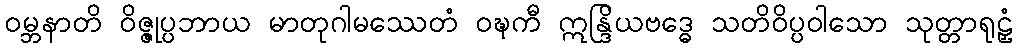
ဝမ္ဘနာတိ ဝိဇ္ဇုပ္ပဘာယ မာတုဂါမဿေတံ ဝဍ္ဎကီ ဣန္ဒြိယဗဒ္ဓေ သတိဝိပ္ပဝါသော သုတ္တာရုဠှံ